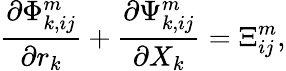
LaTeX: \frac{\partial\Phi_{k,ij}^{m}}{\partial r_{k}}+\frac{\partial\Psi_{k,ij}^{m}}{\partial X_{k}}=\Xi_{ij}^{m},